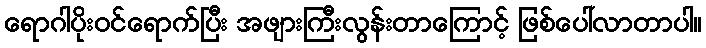
ရောဂါပိုးဝင်ရောက်ပြီး အဖျားကြီးလွန်းတာကြောင့် ဖြစ်ပေါ်လာတာပါ။